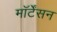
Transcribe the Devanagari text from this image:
मॉर्टेंसन